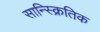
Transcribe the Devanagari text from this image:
सान्स्क्रितिक